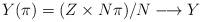
LaTeX: \begin{align*}Y(\pi)=(Z\times N\pi)/N\longrightarrow Y\end{align*}